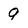
Character: 9